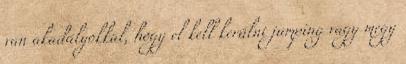
van akadályokkal, hogy el kell kerülni jumping vagy megy